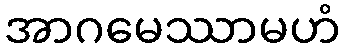
အာဂမေဿာမဟံ